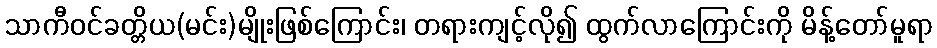
သာကီဝင်ခတ္တိယ(မင်း)မျိုးဖြစ်ကြောင်း၊ တရားကျင့်လို၍ ထွက်လာကြောင်းကို မိန့်တော်မူရာ